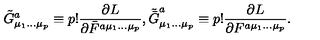
\tilde { G } _ { \mu _ { 1 } \ldots \mu _ { p } } ^ { a } \equiv p ! \frac { \partial L } { \partial \bar { F } ^ { a \mu _ { 1 } \ldots \mu _ { p } } } , \tilde { \bar { G } } _ { \mu _ { 1 } \ldots \mu _ { p } } ^ { a } \equiv p ! \frac { \partial L } { \partial F ^ { a \mu _ { 1 } \ldots \mu _ { p } } } .